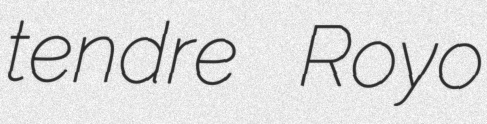
tendre Royo